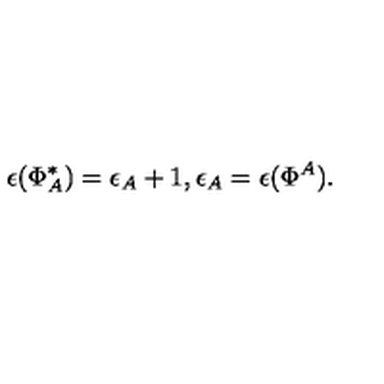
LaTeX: \epsilon ( \Phi _ { A } ^ { * } ) = \epsilon _ { A } + 1 , \epsilon _ { A } = \epsilon ( \Phi ^ { A } ) .